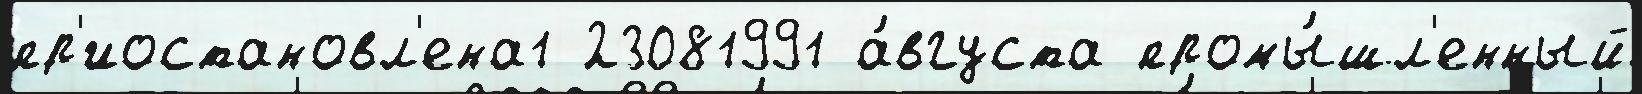
пр'иостановл'ена1 23081991 а́вгуста промы́шл'енный